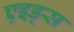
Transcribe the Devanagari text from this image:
एइड्स